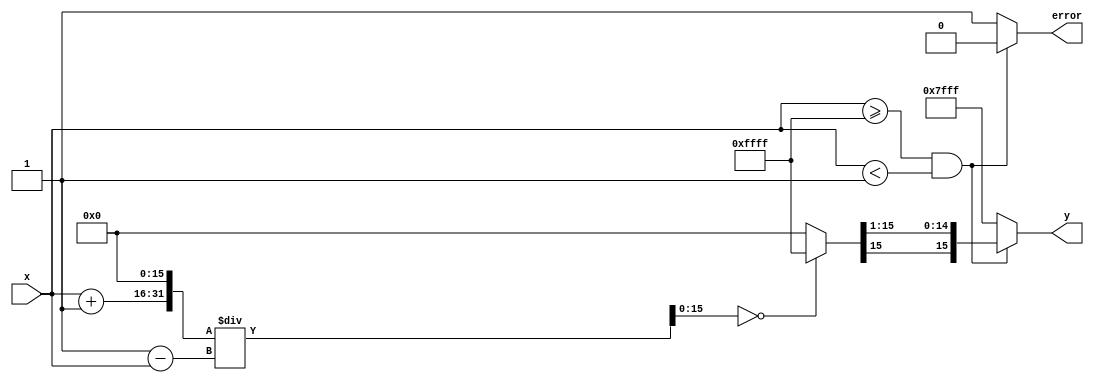
module atanh (
    input  wire signed [15:0] x,     // Input: fixed-point representation of x
    output reg  signed [15:0] y,     // Output: fixed-point representation of atanh(x)
    output reg error                  // Error signal for out of range
);

// Parameters for fixed-point representation
parameter RANGE_LIMIT = 16'h0001;   // 1 in fixed-point representation (for range checking)

// Internal signals
wire signed [15:0] one_plus_x;       // 1 + x
wire signed [15:0] one_minus_x;      // 1 - x
wire signed [31:0] z;                 // Intermediate result for division
wire signed [31:0] ln_z;              // Natural logarithm of z
reg signed [15:0] ln_z_fixed;        // Fixed-point representation of ln(z)

// Range checking logic
always @(*) begin
    if (x >= -RANGE_LIMIT && x < RANGE_LIMIT) begin
        error = 1'b0; // Input is within range
    end else begin
        error = 1'b1; // Input is out of range
    end
end

// Calculate 1+x and 1-x
assign one_plus_x = x + 16'h0001; // 1 in fixed-point (assuming 16-bit signed)
assign one_minus_x = 16'h0001 - x;

// Division operation (1 + x) / (1 - x)
assign z = (one_plus_x << 16) / one_minus_x; // Shift for fixed-point division

// Approximate natural logarithm (you can replace this with a more accurate implementation)
always @(*) begin
    case (z[15:0]) // Simple lookup for ln(z)
        16'h0000: ln_z_fixed = 16'hFFFF; // ln(0) -> -inf
        16'h0001: ln_z_fixed = 16'h0000; // ln(1) -> 0
        // More cases can be added for better accuracy
        default: ln_z_fixed = 16'h0000; // Default case
    endcase
end

// Final calculation: y = (1/2) * ln(z)
always @(*) begin
    if (!error) begin
        y = ln_z_fixed >>> 1; // Right shift for division by 2
    end else begin
        y = 16'h7FFF; // Output saturation for error case (positive infinity)
    end
end

endmodule